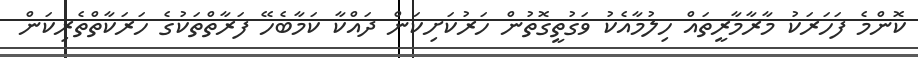
ކޮންމެ ފަހަރަކު މާރާމާރީތައް ހިލުމާއެކު ވަގުތީގޮތުން ހަރުކަށިކަން ދައްކާ ކަމާބެހޭ ފަރާތްތަކުގެ ހަރަކާތްތެރިކަން